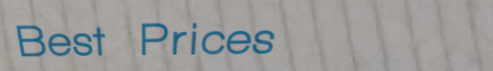
Best Prices